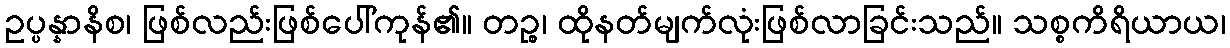
ဥပ္ပန္နာနိစ၊ ဖြစ်လည်းဖြစ်ပေါ်ကုန်၏။ တဉ္စ၊ ထိုနတ်မျက်လုံးဖြစ်လာခြင်းသည်။ သစ္စကိရိယာယ၊